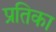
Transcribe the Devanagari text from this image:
प्रतिका